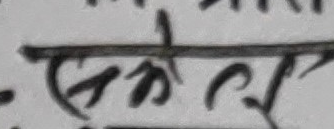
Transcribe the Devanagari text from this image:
सकेल